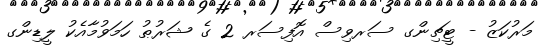
މަރުކަޒު - ޓީޗިންގ ސަރވިސް އޮފިސަރ 2 ގެ ޝަރުޠު ހަމަވުމާއެކު ލީޑިންގ